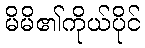
မိမိ၏ကိုယ်ပိုင်